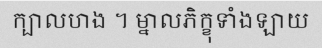
ក្បាលហង ។ ម្នាលភិក្ខុទាំងឡាយ